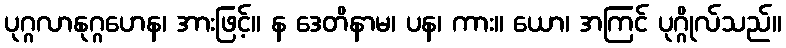
ပုဂ္ဂလာနုဂ္ဂဟေန၊ အားဖြင့်။ န ဒေတိနာမ၊ ပန၊ ကား။ ယော၊ အကြင် ပုဂ္ဂိုလ်သည်။